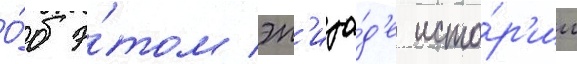
О́б э́том эп'изо́д'е исто́р'ии